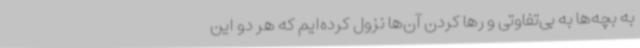
به بچه‌ها به بی‌تفاوتی و رها کردن آن‌ها نزول کرده‌ایم که هر دو این